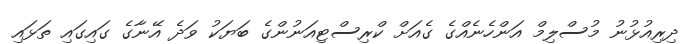
ދިރިއުޅުނު މުސްލިމް އަންހެނެއްގެ ގެއަށް ކްރިސްޓިއަނުންގެ ބަޔަކު ވަދެ އޭނާގެ ގައިގައި ތަޅައި